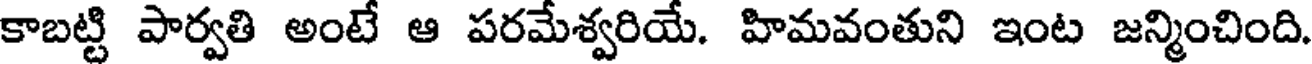
కాబట్టి పార్వతి అంటే ఆ పరమేశ్వరియే. హిమవంతుని ఇంట జన్మించింది.